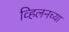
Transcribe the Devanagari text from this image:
व्हिलनच्या